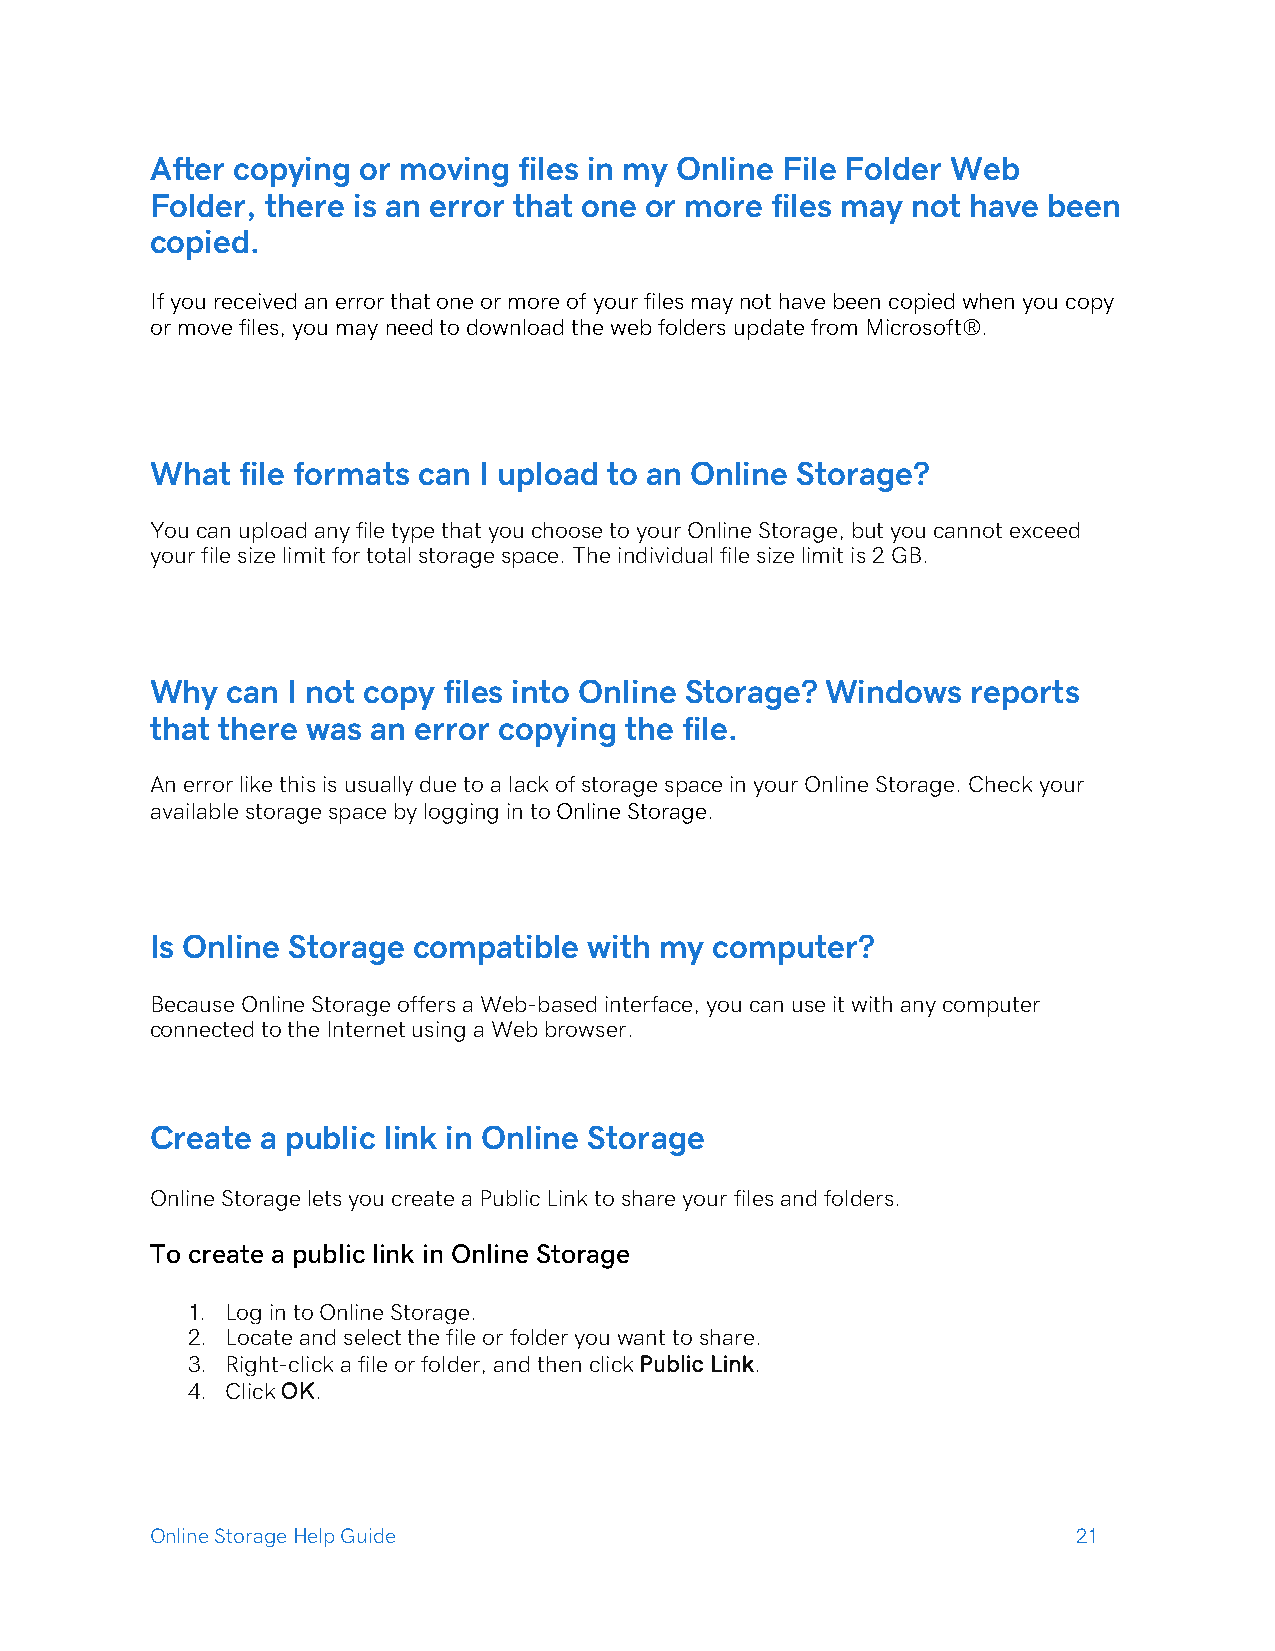
After copying or moving files in my Online File Folder Web
 Folder, there is an error that one or more files may not have been
 copied.
 If you received an error that one or more of your files may not have been copied when you copy
 or move files, you may need to download the web folders update from Microsoft®.
 What  file formats can I upload to an Online Storage?
 You can upload any file type that you choose to your Online Storage, but you cannot exceed
 your file size limit for total storage space. The individual file size limit is 2 GB.
 Why  can I not copy files into Online Storage? Windows reports
 that there was an error copying the file.
 An error like this is usually due to a lack of storage space in your Online Storage. Check your
 available storage space by logging in to Online Storage.
 Is Online Storage compatible with my computer?
 Because Online Storage offers a Web-based interface, you can use it with any computer
 connected to the Internet using a Web browser.
 Create a public link in Online Storage
 Online Storage lets you create a Public Link to share your files and folders.
 To create a public link in Online Storage
 1. Log in to Online Storage.
 2. Locate and select the file or folder you want to share.
 3. Right-click a file or folder, and then click Public Link.
 4. Click OK.
 Online Storage Help Guide                                    21